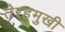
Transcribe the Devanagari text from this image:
तेरहमुखी